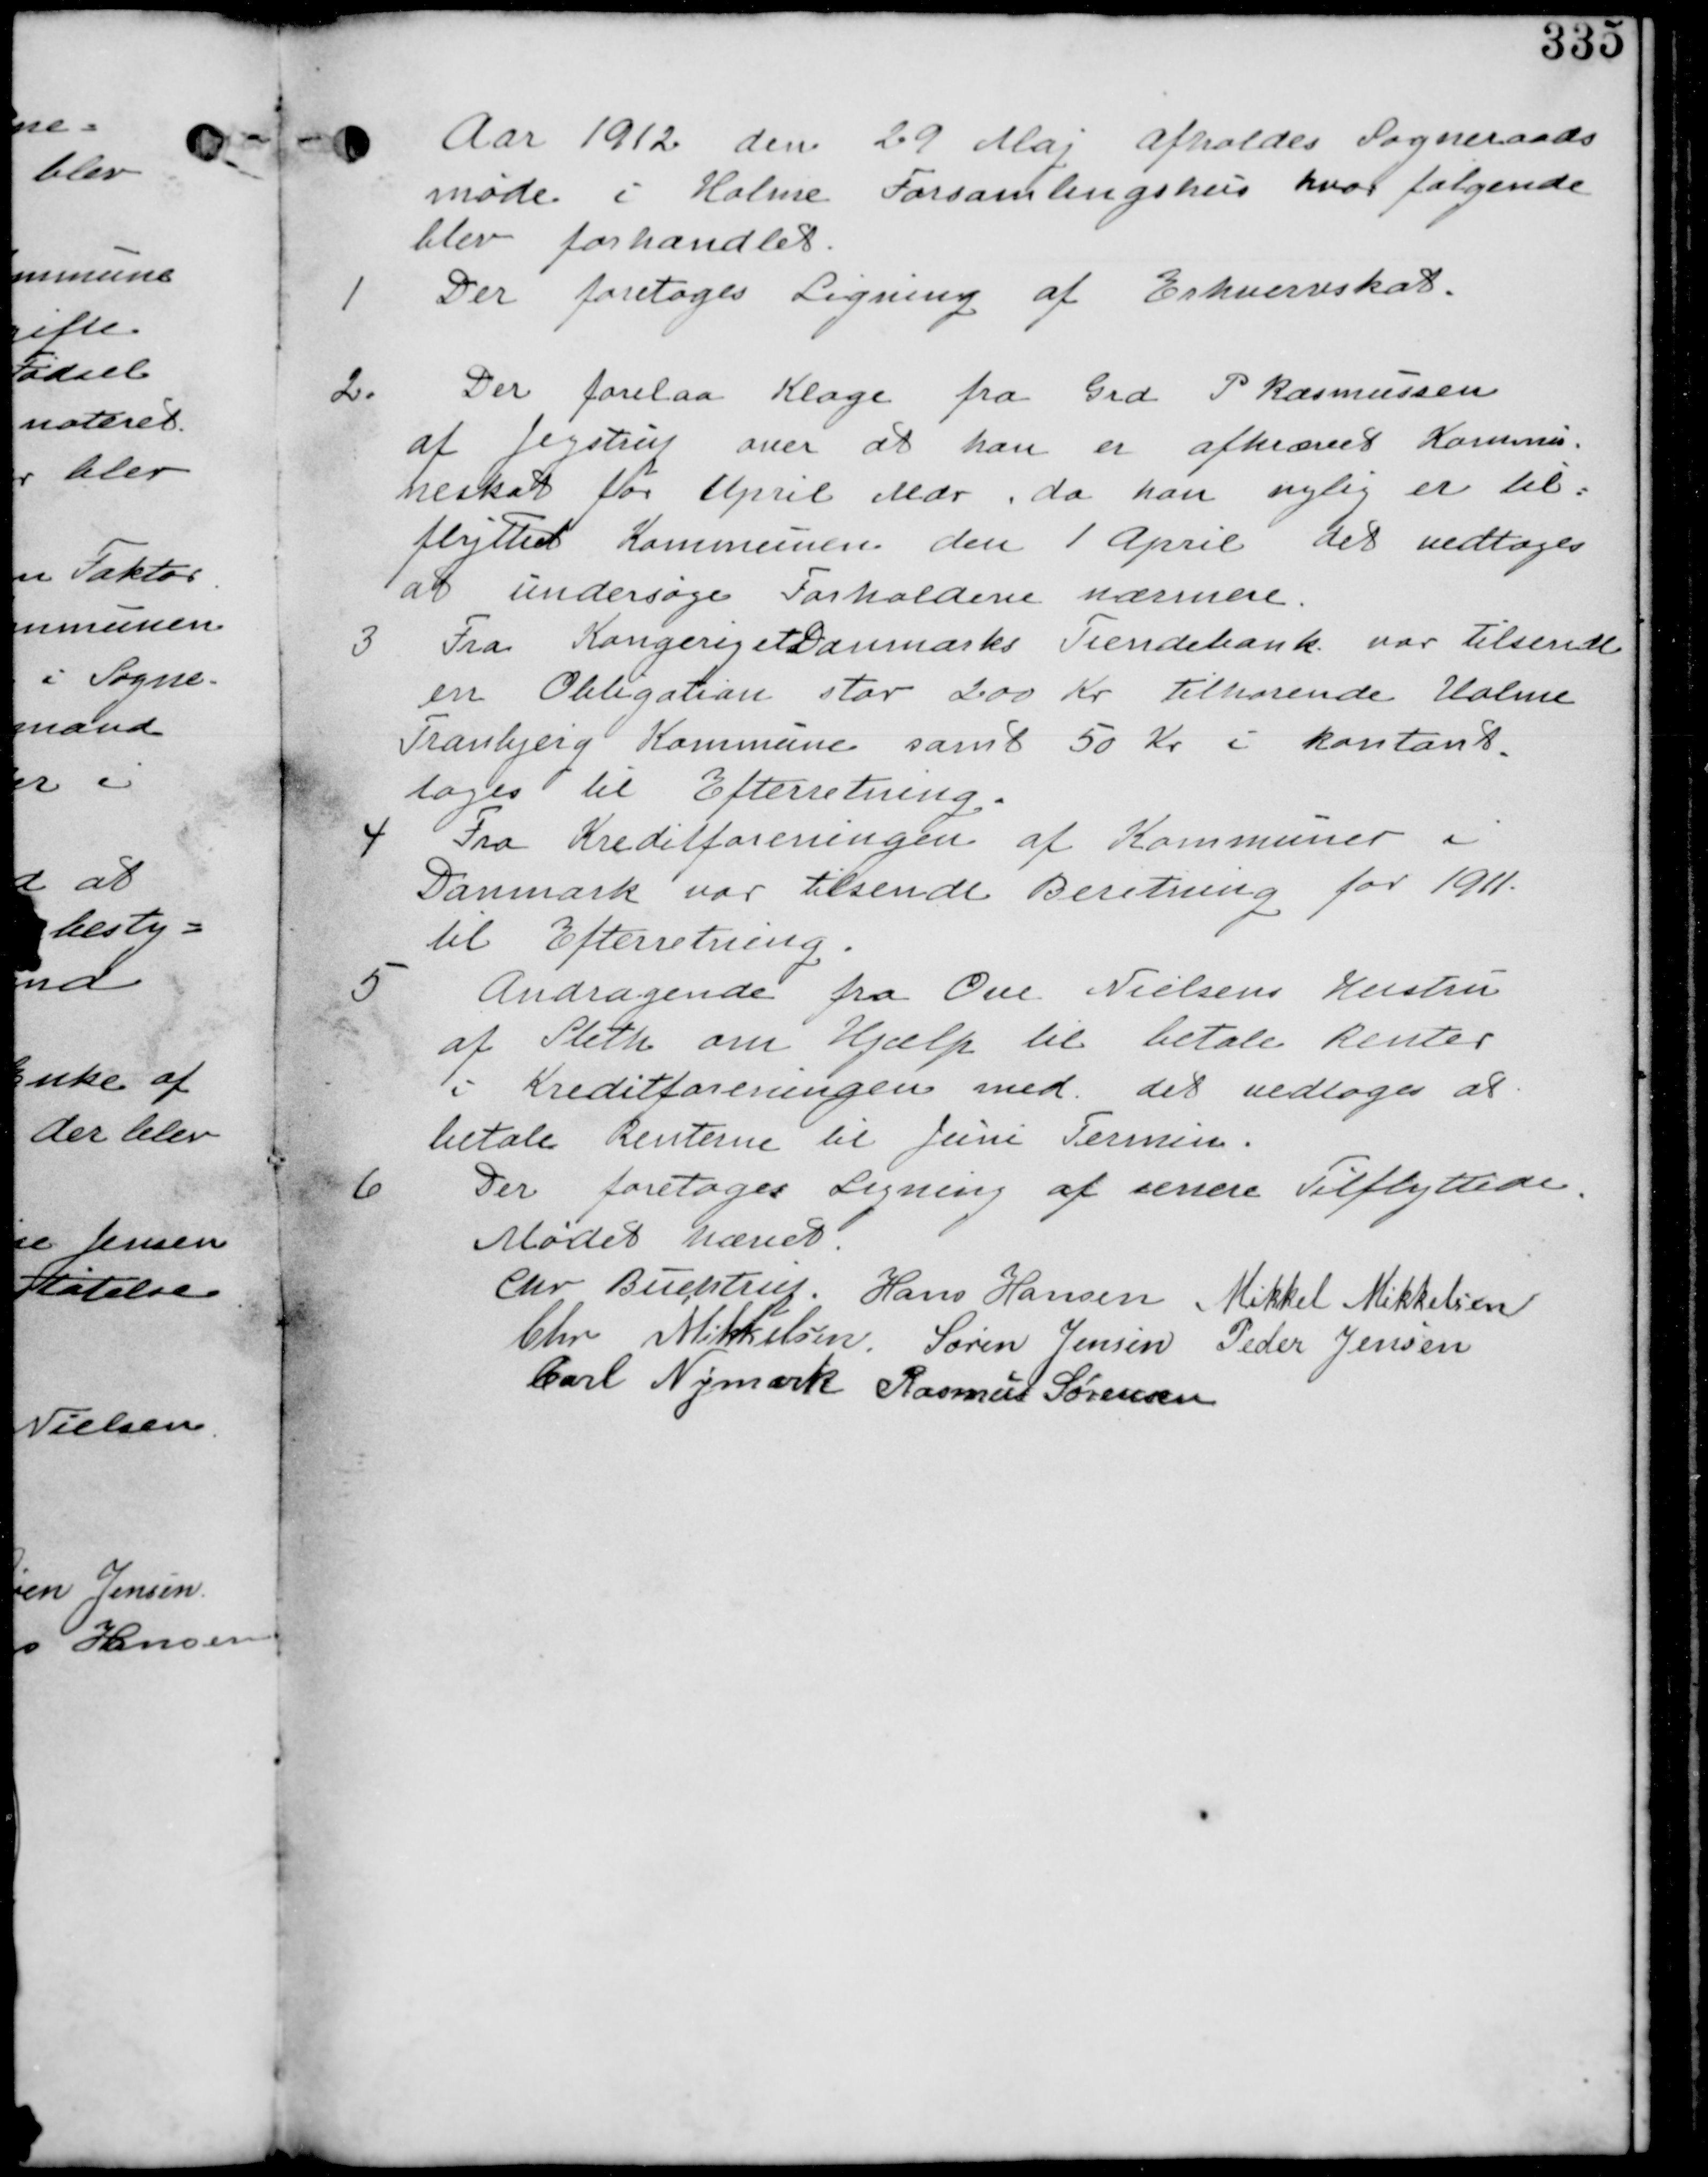
Transskription:
Aar1912 den 29 Maj afholdes Sogneraads-
møde i Holme Forsamlingshus hvor følgende
blev forhandlet.

1. Der foretages Ligning af Erhvervsskat.

2. Der forelaa Klage fra Grd P. Rasmussen
af Jegstrup over at han er afkrævet Kommu-
neskat for April Mdr. da han nylig er til-
flyttet Kommunen den 1. April det vedtages
at undersøge Forholdene nærmere.

3. Fra Kongeriget Danmarks Tiendebank var tilsendt
en Obligation stor 200 Kr tilhørende Holme
Tranbjerg Kommune samt 50 Kr i kontant
tages til efterretning

4. Fra Kreditforeningen af Kommuner i
Danmark var tilsendt Beretning for 1911
til efterretning.

5.
Andragende fra Ove Nielsens Hustru
af Sleth om Hjælp til betale Renter
i Kreditforeningen med. det vedtages at
betale Renterne til Juni Termin.

6.
Der foretages Ligning af senere Tilflyttere.

Mødet hævet
Chr. Buchtrup. Hans Hansen Mikkel Mikkelsen
Chr. Mikkelsen. Søren Jensen Peder Jensen
Carl Nymark Rasmus Sørensen